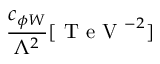
\frac { c _ { \phi W } } { \Lambda ^ { 2 } } [ \mathrm { ~ T ~ e ~ V ~ } ^ { - 2 } ]